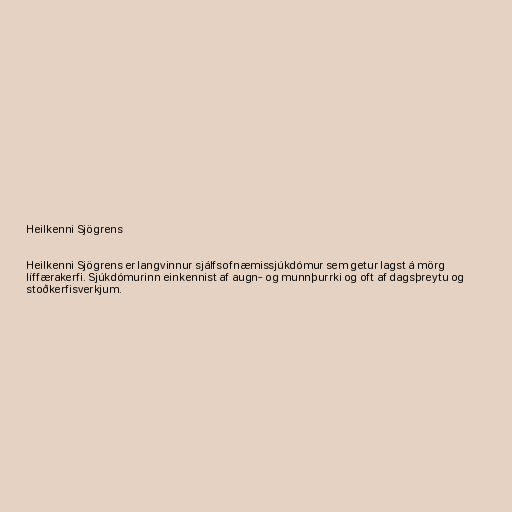
Heilkenni Sjögrens

Heilkenni Sjögrens er langvinnur sjálfsofnæmissjúkdómur sem getur lagst á mörg
líffærakerfi. Sjúkdómurinn einkennist af augn- og munnþurrki og oft af dagsþreytu og
stoðkerfisverkjum.